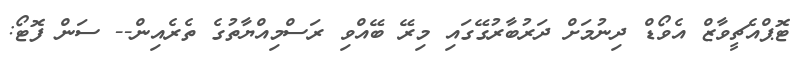
ޓޮޕްއެޗީވާޒް އެވޯޑް ދިނުމަށް ދަރުބާރުގޭގައި މިރޭ ބޭއްވި ރަސްމިއްޔާތުގެ ތެރެއިން-- ސަން ފޮޓޯ: